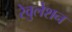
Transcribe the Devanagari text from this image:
रेवुलेशन